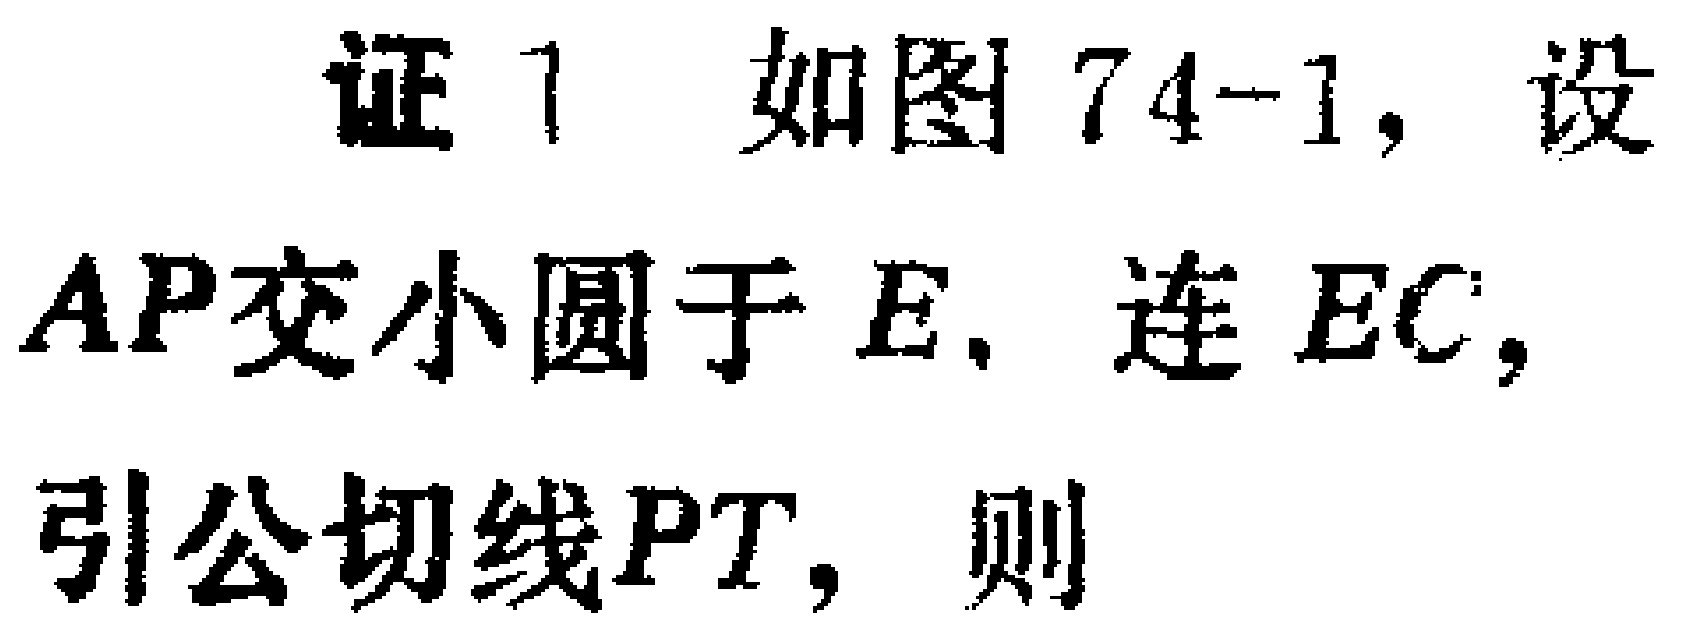
证1 如图74-1，设\(AP\)交小圆于\(E\)，连\(EC\)，引公切线\(PT\)，则